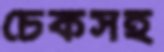
চেকসহ